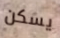
يسكن